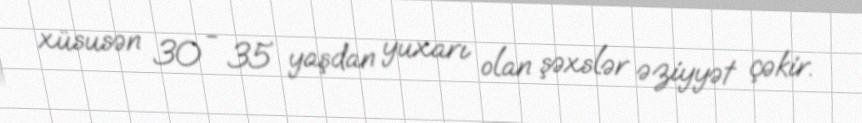
xüsusən 30 - 35 yaşdan yuxarı olan şəxslər əziyyət çəkir.